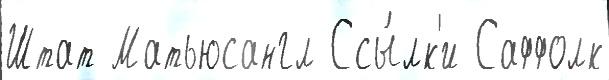
Штат Матьюсангл Ссы́лк'и Саффолк